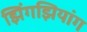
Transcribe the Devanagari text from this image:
झिंगझियांग